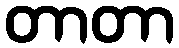
တာတာ